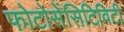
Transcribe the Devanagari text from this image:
फोटोसेंसिटिविटी